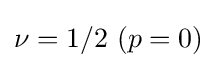
\nu =1/2\ (p=0)